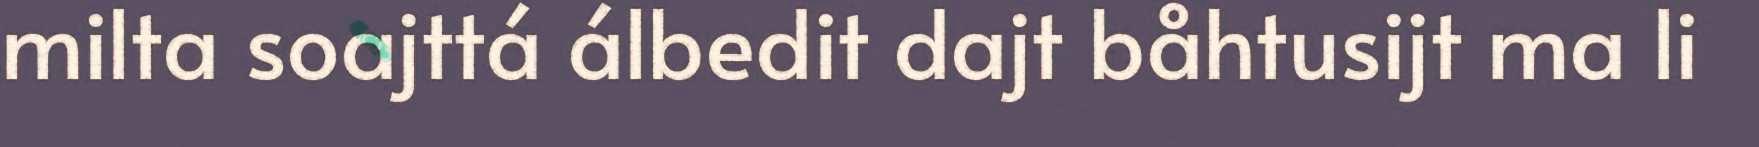
milta soajttá álbedit dajt båhtusijt ma li